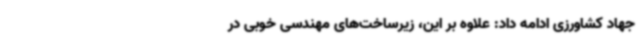
جهاد کشاورزی ادامه داد: علاوه بر این، زیرساخت‌های مهندسی خوبی در